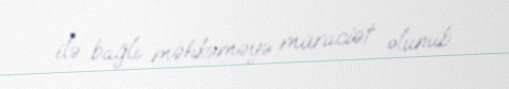
ilə bağlı məhkəməyə müraciət olunub.